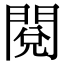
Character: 閱